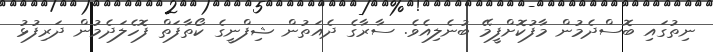
ނިތުގައި ބޮސްދެމުން މާފުކޮށްފީމޭ ބުނެލިއެވެ. ސާރާގެ ދެއަތުން ޝިފްނީގެ ކޯތާފަތް ފޮހެލަދެމުން ދަރިފުޅު